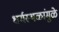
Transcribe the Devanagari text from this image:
धर्मस्थळांमुळे